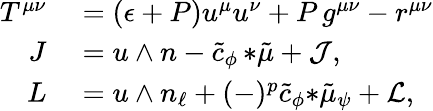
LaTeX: \begin{array}{rl}{T^{\mu\nu}}&{{}=(\epsilon+P)u^{\mu}u^{\nu}+P\, g^{\mu\nu}-r^{\mu\nu}}\\ {J}&{{}=u\wedge n-\tilde{c}_{\phi}\, {*\tilde{\mu}}+{\cal J},}\\ {L}&{{}=u\wedge n_{\ell}+(-)^{p}\tilde{c}_{\phi}{*\tilde{\mu}_{\psi}}+{\cal L},}\end{array}